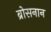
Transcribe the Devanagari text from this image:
ब्रोसनान